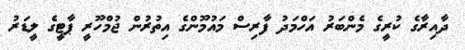
ދާއިރާގެ ކުރީގެ މެންބަރު އަހްމަދު ފާރިސް މައުމޫންގެ އިތުރުން ޖުމްހޫރީ ޕާޓީގެ ލީޑަރު